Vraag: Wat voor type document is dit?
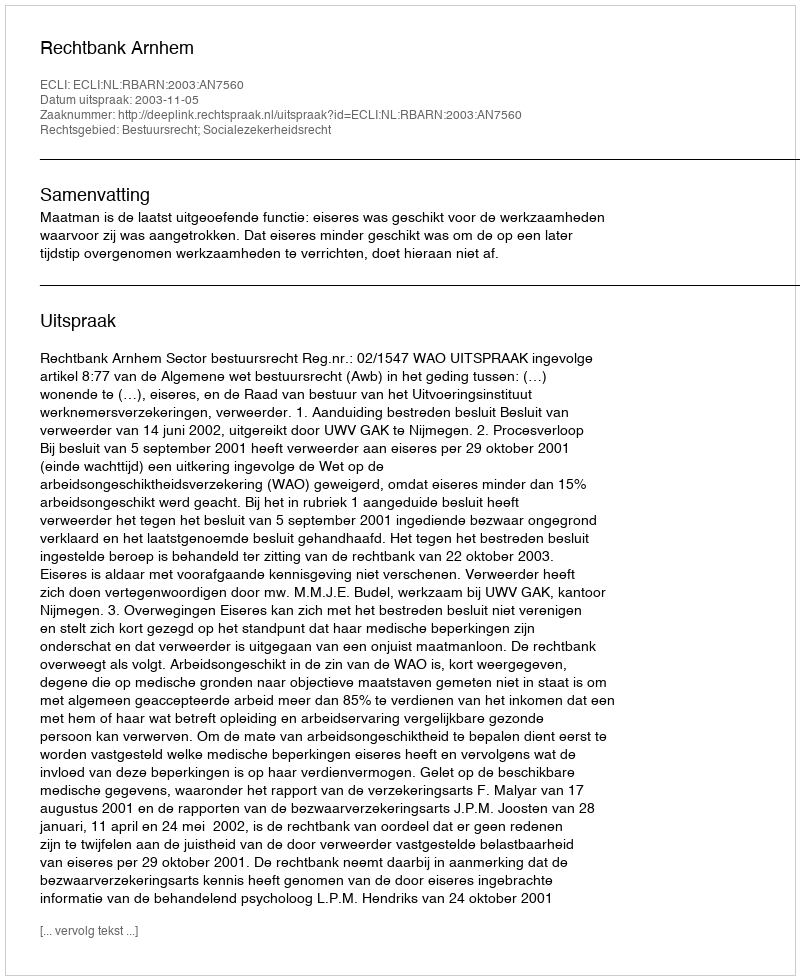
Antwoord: Uitspraak